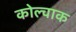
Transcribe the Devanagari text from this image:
कोल्चाक